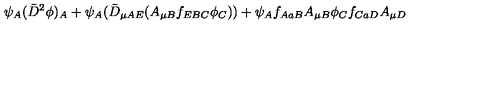
\psi _ { A } ( \bar { D } ^ { 2 } \phi ) _ { A } + \psi _ { A } ( \bar { D } _ { \mu A E } ( A _ { \mu B } f _ { E B C } \phi _ { C } ) ) + \psi _ { A } f _ { A a B } A _ { \mu B } \phi _ { C } f _ { C a D } A _ { \mu D }